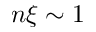
n \xi \sim 1